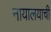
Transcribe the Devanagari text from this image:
नायालयाची